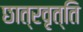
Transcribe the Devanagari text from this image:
छात्रवृत्‍ति